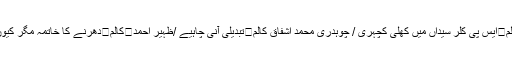
کالم	ایس پی کلر سیداں میں کھلی کچہری / چوہدری محمد اشفاق کالم	تبدیلی آنی چاہیے /ظہیر احمد	کالم	دھرنے کا خاتمہ مگر کیوں؟